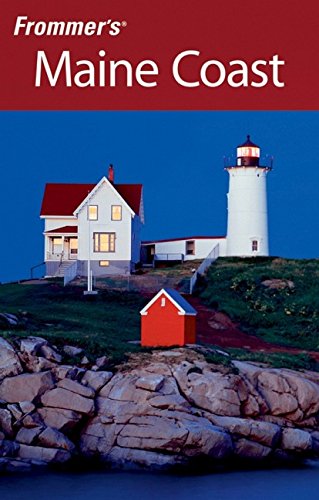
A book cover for Frommer's Maine Coast (Frommer's Complete Guides); Paul Karr; Travel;